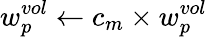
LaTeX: w_{p}^{vol}\leftarrow c_{m}\times w_{p}^{vol}